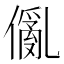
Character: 𠏢